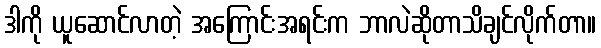
ဒါကို ယူဆောင်လာတဲ့ အကြောင်းအရင်းက ဘာလဲဆိုတာသိချင်လိုက်တာ။